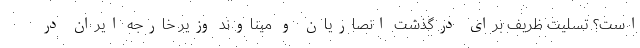
است؟ تسلیت ظریف برای درگذشت انصاریان و میناوند وزیر خارجه ایران در